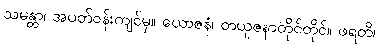
သမန္တာ၊ အပတ်ဝန်းကျင်မှ။ ယောဇနံ၊ တယူဇနာတိုင်တိုင်။ ဖရတိ၊